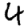
Digit: 4